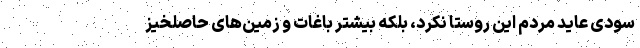
سودی عاید مردم این روستا نکرد، بلکه بیشتر باغات و زمین‌های حاصلخیز